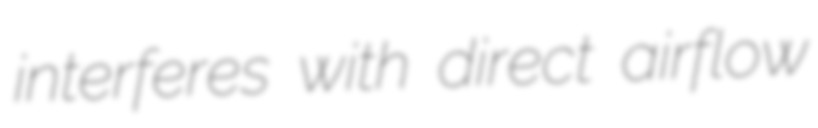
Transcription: interferes with direct airflow